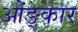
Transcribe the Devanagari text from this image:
ओंङ्कार